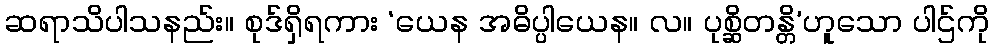
ဆရာသိပါသနည်း။ စုဒ်ရှိရကား ‘ယေန အဓိပ္ပါယေန။ လ။ ပုစ္ဆိတန္တိ’ဟူသော ပါဌ်ကို